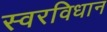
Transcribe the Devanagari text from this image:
स्वरविधान